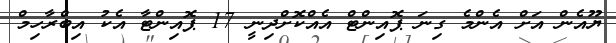
ޔޫއެން އަށް އެންމެ ގިނަ ޕޮއިންޓް އެއްކޮށްދިނީ 17 ޕޮއިންޓާ އެކު އިބްރާހިމް